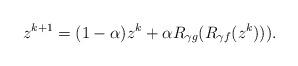
LaTeX: \begin{align*}z^{k+1} &= (1-\alpha)z^{k}+\alpha R_{\gamma g}(R_{\gamma f}(z^k))).\end{align*}